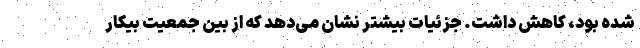
شده بود، کاهش داشت. جزئیات بیشتر نشان می‌دهد که از بین جمعیت بیکار